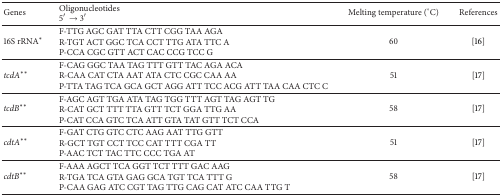
<table><thead><tr><td><b>Genes</b></td><td><b>Oligonucleotides 5′→3′</b></td><td><b>Melting temperature (°C)</b></td><td><b>References</b></td></tr></thead><tbody><tr><td>16S rRNA*</td><td>F-TTG AGC GAT TTA CTT CGG TAA AGAR-TGT ACT GGC TCA CCT TTG ATA TTC AP-CCA CGC GTT ACT CAC CCG TCC G</td><td>60</td><td>[16]</td></tr><tr><td><i>tcdA</i>**</td><td>F-CAG GGC TAA TAG TTT GTT TAC AGA ACAR-CAA CAT CTA AAT ATA CTC CGC CAA AAP-TTA TAG TCA GCA GCT AGG ATT TCC ACG ATT TAA CAA CTC C</td><td>51</td><td>[17]</td></tr><tr><td><i>tcdB</i>**</td><td>F-AGC AGT TGA ATA TAG TGG TTT AGT TAG AGT TGR-CAT GCT TTT TTA GTT TCT GGA TTG AAP-CAT CCA GTC TCA ATT GTA TAT GTT TCT CCA</td><td>58</td><td>[17]</td></tr><tr><td><i>cdtA</i>**</td><td>F-GAT CTG GTC CTC AAG AAT TTG GTTR-GCT TGT CCT TCC CAT TTT CGA TTP-AAC TCT TAC TTC CCC TGA AT</td><td>51</td><td>[17]</td></tr><tr><td><i>cdtB</i>**</td><td>F-AAA AGCT TCA GGT TCT TTT GAC AAGR-TGA TCA GTA GAG GCA TGT TCA TTT GP-CAA GAG ATC CGT TAG TTG CAG CAT ATC CAA TTG T</td><td>58</td><td>[17]</td></tr></tbody></table>